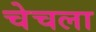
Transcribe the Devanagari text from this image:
चेचला